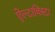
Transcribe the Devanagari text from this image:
ऐल्टाविस्टा